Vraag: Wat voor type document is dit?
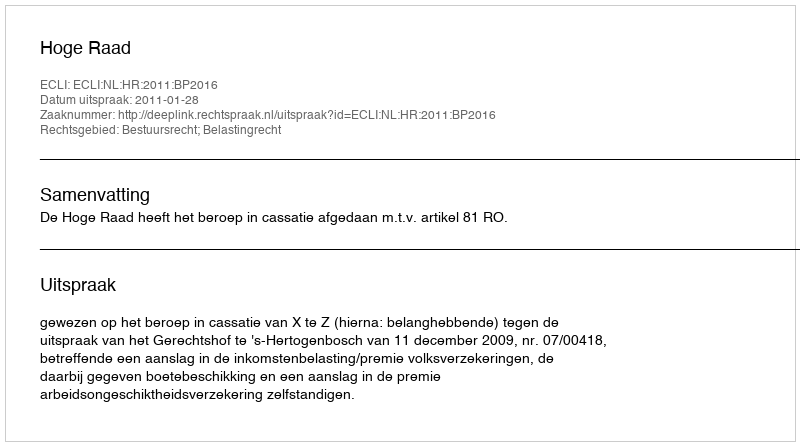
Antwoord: Uitspraak